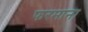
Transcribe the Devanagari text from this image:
फरमाना